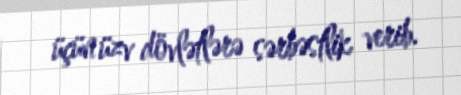
üçün üzv dövlətlərə sərbəstlik verib.